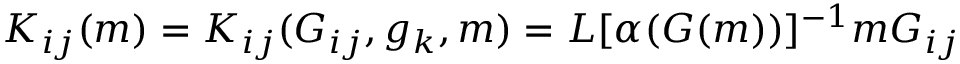
K _ { i j } ( m ) = K _ { i j } ( G _ { i j } , g _ { k } , m ) = L [ \alpha ( G ( m ) ) ] ^ { - 1 } m G _ { i j }